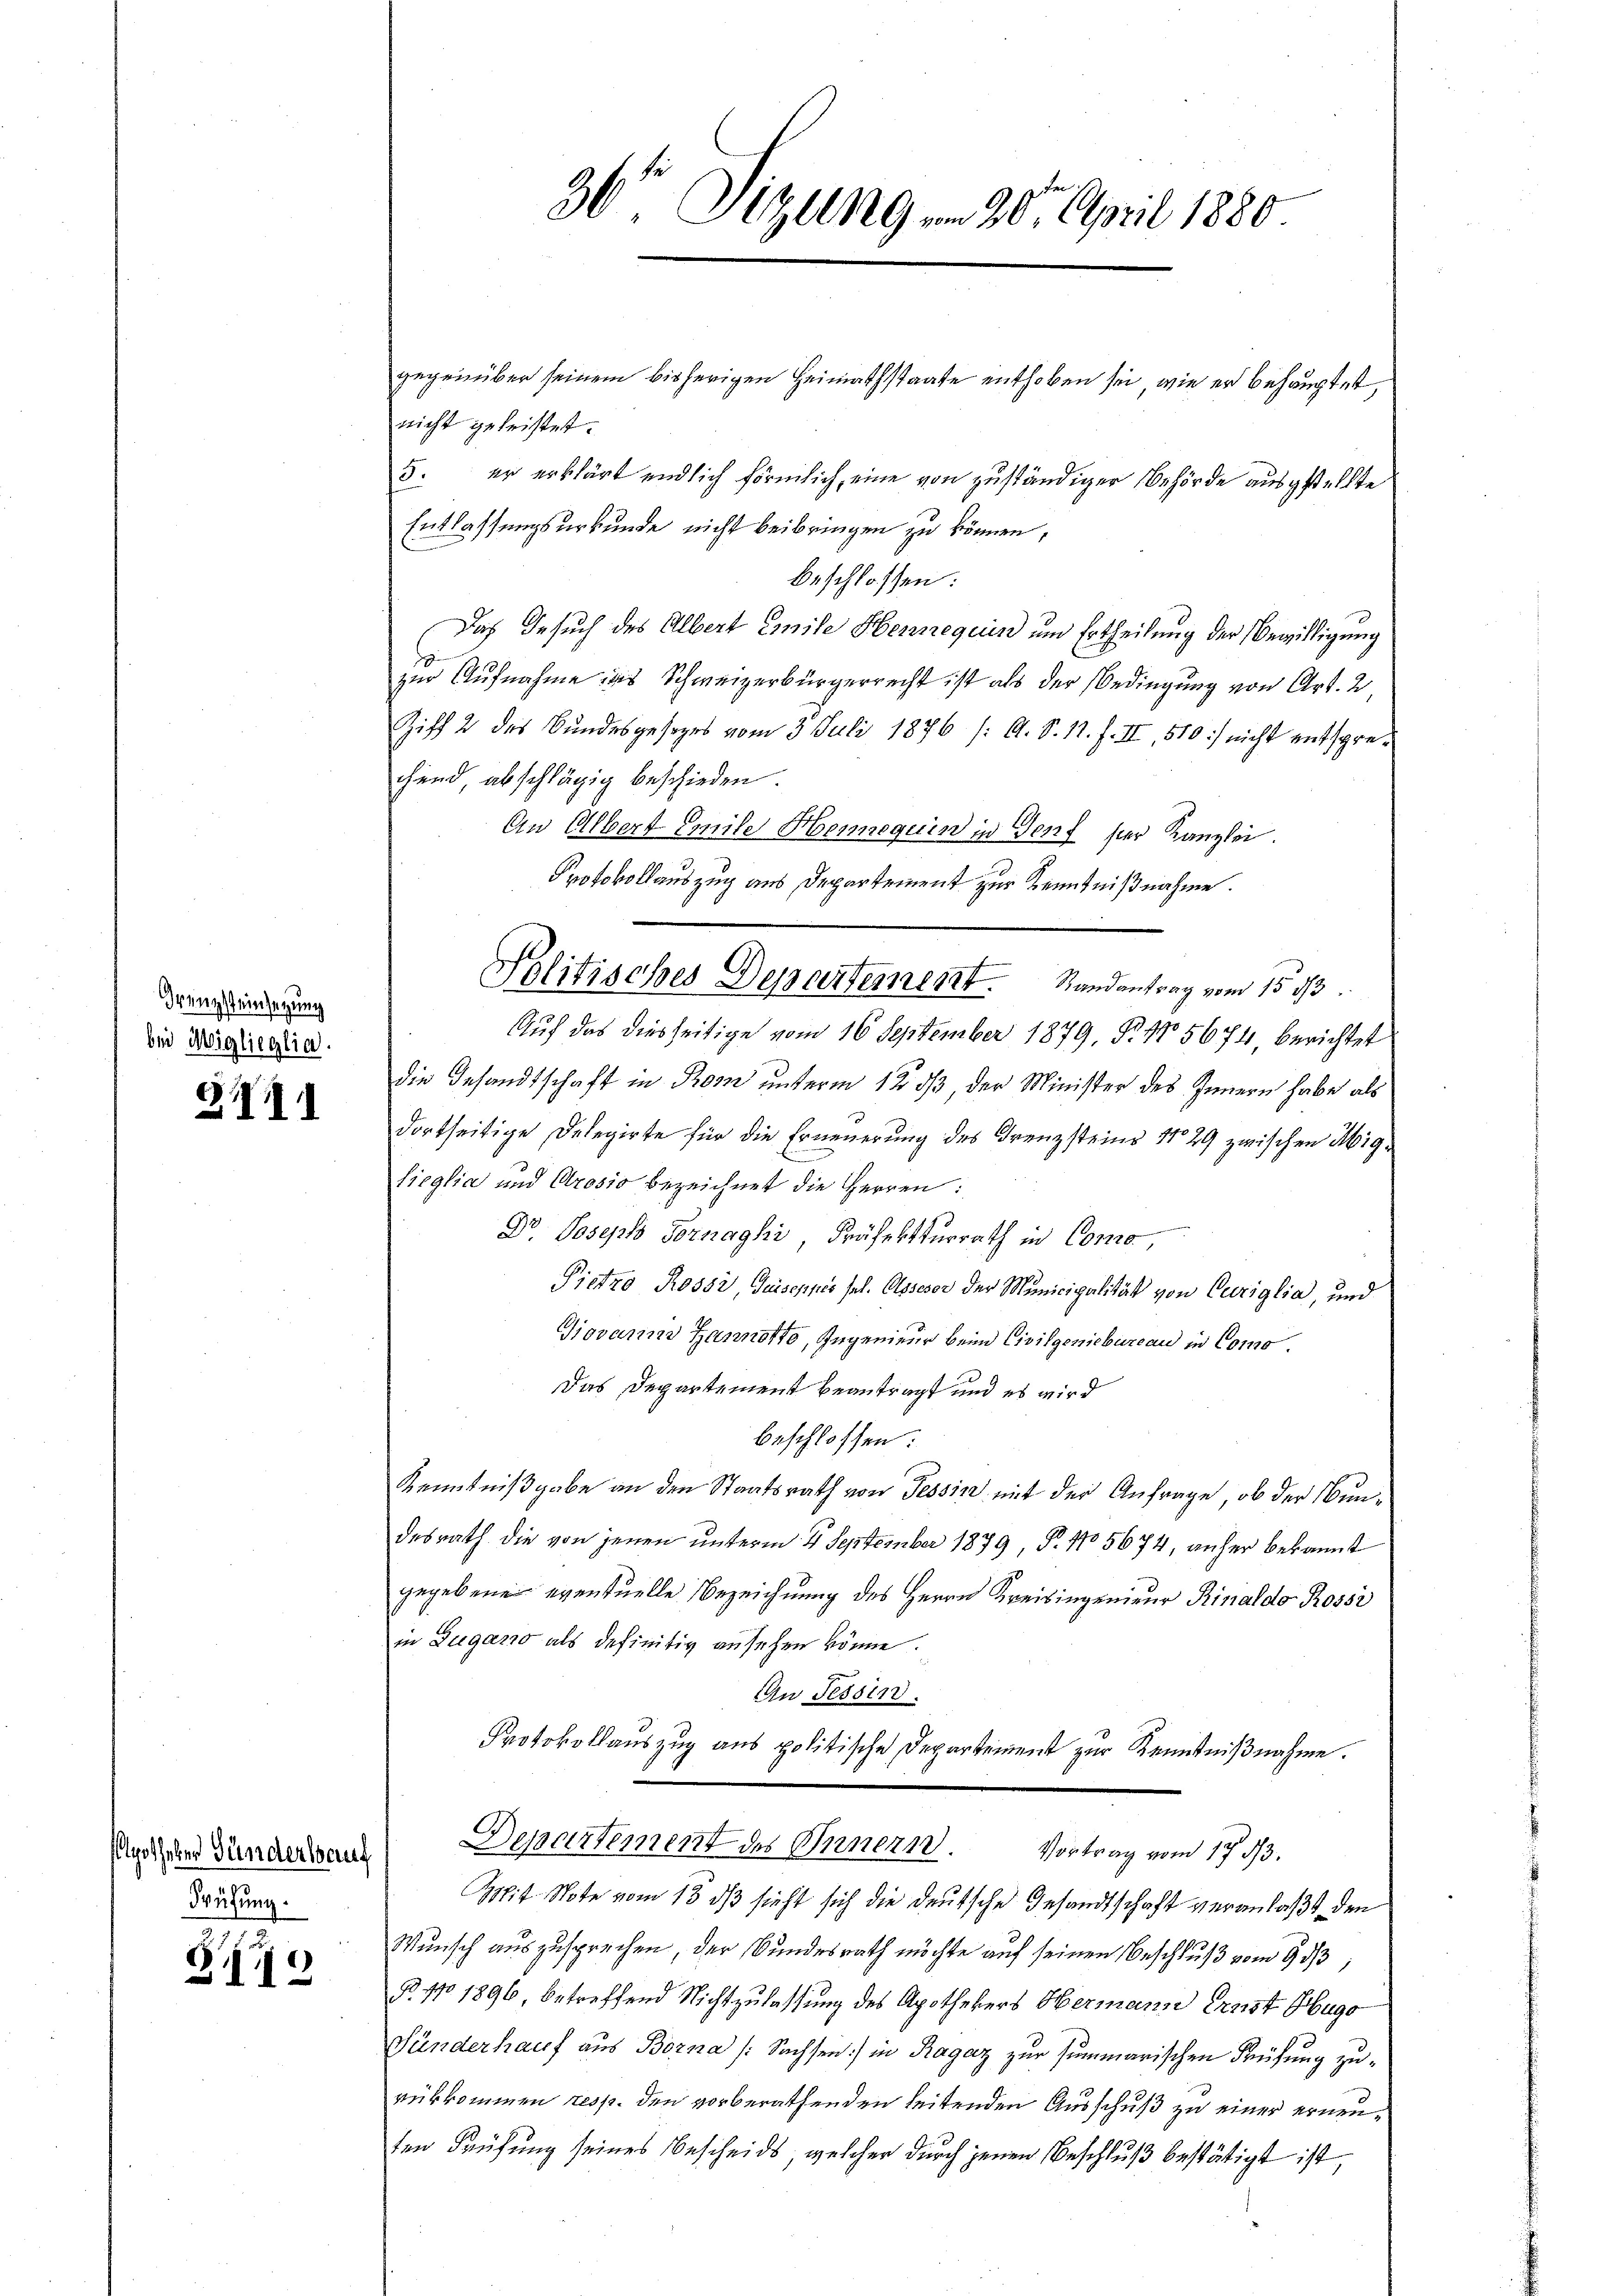
Grenzsteinsetzung
bei Miglieglia.

111

Apotheker Günderlauf
Prüfung.

§119

36' Sitzung um 20. April 1880.

gegenüber seinem bisherigen Heimathstaate enthoben sei, wie er behauptet,
nicht geleistet.
5. er erklärt endlich förmlich, eine von zuständiger Behörde ausgestellte
Entlassungsurkunde nicht beibringen zu können,
beschlossen:
Das Gesuch des Albert Emile Hennequin und Ertheilung der Bewilligung
zur Aufnahme das Schweizerbürgerrecht ist als der Bedingung von Art. 2,
Ziff. 2 des Bundesgesezes vom 3. Juli 1876 /: A. S. 11. f. II, 510) nicht entsprechend abschlägig beschieden.
An Albert Emile Hennequin in Genf hier Kanzlei.
Protokollauszug aus Departement zur Kenntnißnahme.
Auf das diesseitige vom 16. September 1879, P. Nr. 5674, berichtet
die Gesandtschaft in Rom unterm 12 dß, der Minister des Innern habe als
dortseitige Delegirte für die Erneuerung des Kreuzsteine No 29 zwischen Migken
Lieglia und Arosio bezeichnet die Herren:
Dr Joseph Sornaghi, Präfekturrath in Como
Pietro Rossi, Juiseppes sel. Assesor der Municipalität von Curiglia, und
Giovarina Hannotto, Ingenieur beim Civilgeniebureau in Como¬
Das Departement beantragt und es wird
beschlossen:
Kenntnißgabe an den Staatsrath von Tessin mit der Anfrage, ob der Bundesrath die von jenen unterm 4. September 1879, P. 1705674, anher bekannt
gegebener eventuelle Bezeichnung des Herrn Kreisingenieur Rinaldo Rossi
in Zigaro als definitiv ansehen könne.
An Tessin.
Protokollauszug aus politische Departement zur Kenntnißnahme.

Politisches Departement. Randantrag vom 15. d.

Departement des Innern. Vortrag vom 17. 53.
Mit Note vom 13. ds sieht sich die deutsche Gesandtschaft veranlaßt den

Wunsch auszusprechen, der Bundesrath möchte auf seinen Beschluß vom 9 1/3,
R. No 1896 betreffend Nichtzulassung des Apothekers Hermann Ernst Hugo
Sänderhauf aus Borna /: Sachsen) in Ragaz zur summarischen Prüfung zurükkommen resp. den vorberathenden leitenden Ausschuß zu einer erneuten Prüfung seines Bescheids, welcher durch jenen Beschluß bestätigt ist,